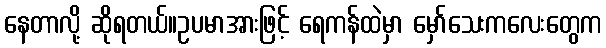
နေတာလို့ ဆိုရတယ်။ဥပမာအားဖြင့် ရေကန်ထဲမှာ မှော်သေးကလေးတွေက